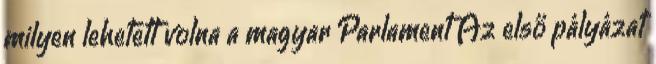
milyen lehetett volna a magyar Parlament Az első pályázat